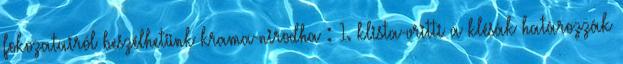
fokozatairól beszélhetünk krama-nirodha : 1. klista-vritti a klésák határozzák